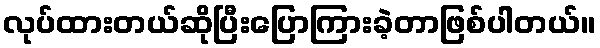
လုပ်ထားတယ်ဆိုပြီးပြောကြားခဲ့တာဖြစ်ပါတယ်။